Leprosy in India: report of the Leprosy Commission in India, 1890-91
Year: 1890
Disease focus: Leprosy
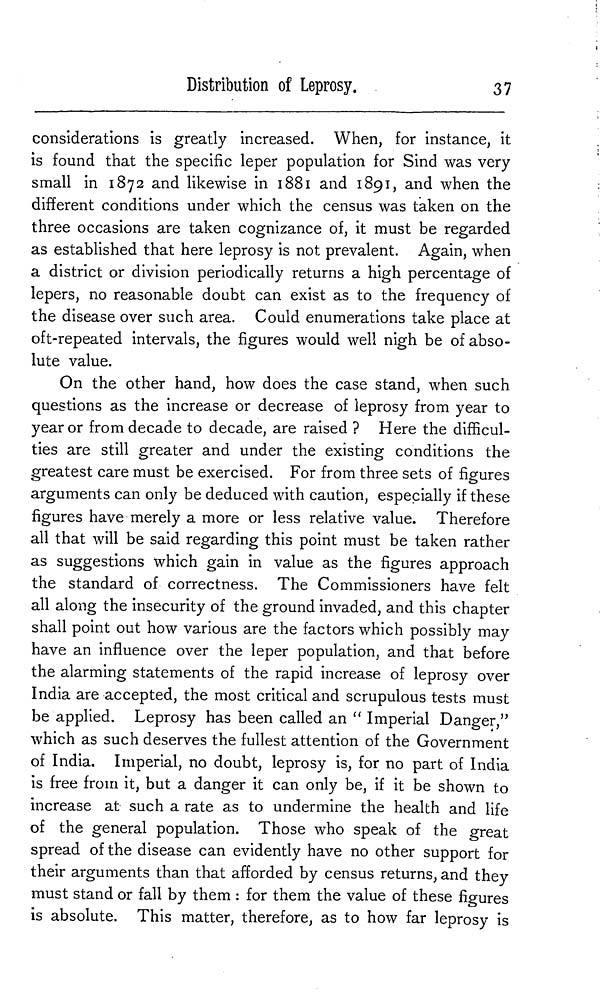
Distribution of Leprosy.
37
considerations is greatly increased. When, for instance, it
is found that the specific leper population for Sind was very
small in 1872 and likewise in 1881 and 1891, and when the
different conditions under which the census was taken on the
three occasions are taken cognizance of, it must be regarded
as established that here leprosy is not prevalent. Again, when
a district or division periodically returns a high percentage of
lepers, no reasonable doubt can exist as to the frequency of
the disease over such area. Could enumerations take place at
oft-repeated intervals, the figures would well nigh be of abso-
lute value.
On the other hand, how does the case stand, when such
questions as the increase or decrease of leprosy from year to
year or from decade to decade, are raised ? Here the difficul-
ties are still greater and under the existing conditions the
greatest care must be exercised. For from three sets of figures
arguments can only be deduced with caution, especially if these
figures have merely a more or less relative value. Therefore
all that will be said regarding this point must be taken rather
as suggestions which gain in value as the figures approach
the standard of correctness. The Commissioners have felt
all along the insecurity of the ground invaded, and this chapter
shall point out how various are the factors which possibly may
have an influence over the leper population, and that before
the alarming statements of the rapid increase of leprosy over
India are accepted, the most critical and scrupulous tests must
be applied. Leprosy has been called an " Imperial Danger,"
which as such deserves the fullest attention of the Government
of India. Imperial, no doubt, leprosy is, for no part of India
is free from it, but a danger it can only be, if it be shown to
increase at such a rate as to undermine the health and life
of the general population. Those who speak of the great
spread of the disease can evidently have no other support for
their arguments than that afforded by census returns, and they
must stand or fall by them : for them the value of these figures
is absolute. This matter, therefore, as to how far leprosy is